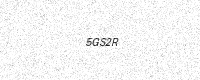
Text: 5GS2R